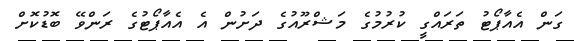
ގަން އެއާޕޯޓު ތަރައްގީ ކުރުމުގެ މަޝްރޫއުގެ ދަށުން އެ އެއާޕޯޓުގެ ރަންވޭ ބޮޑުކޮށް